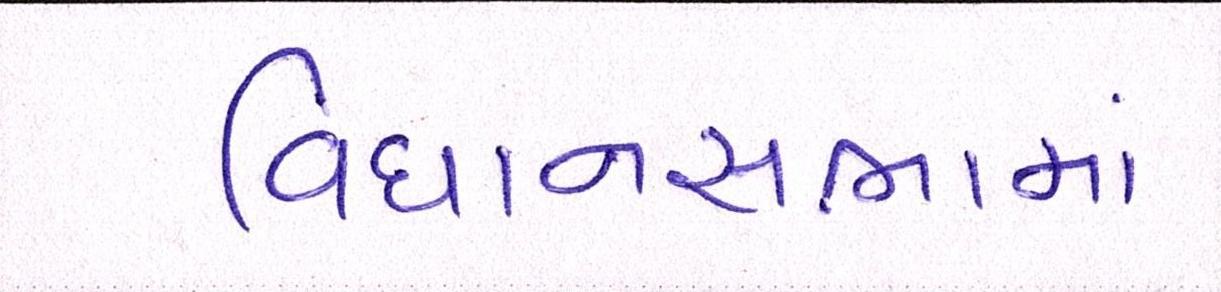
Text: વિધાનસભામાં